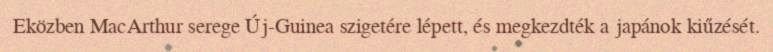
Eközben MacArthur serege Új-Guinea szigetére lépett, és megkezdték a japánok kiűzését.